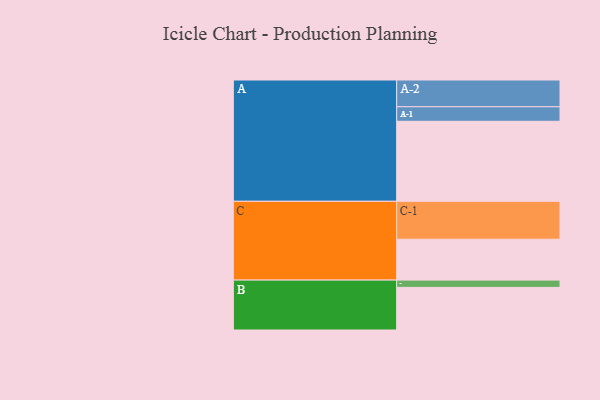
{"axis": {"x": "Segment", "y": "Value"}, "legend": ["", "A", "B", "C"], "data": [{"x": "A", "y": 595, "type": ""}, {"x": "B", "y": 317, "type": ""}, {"x": "C", "y": 304, "type": ""}, {"x": "A-1", "y": 108, "type": "A"}, {"x": "A-2", "y": 199, "type": "A"}, {"x": "B-1", "y": 54, "type": "B"}, {"x": "C-1", "y": 282, "type": "C"}]}